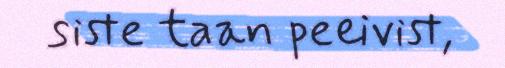
siste taan peeivist,